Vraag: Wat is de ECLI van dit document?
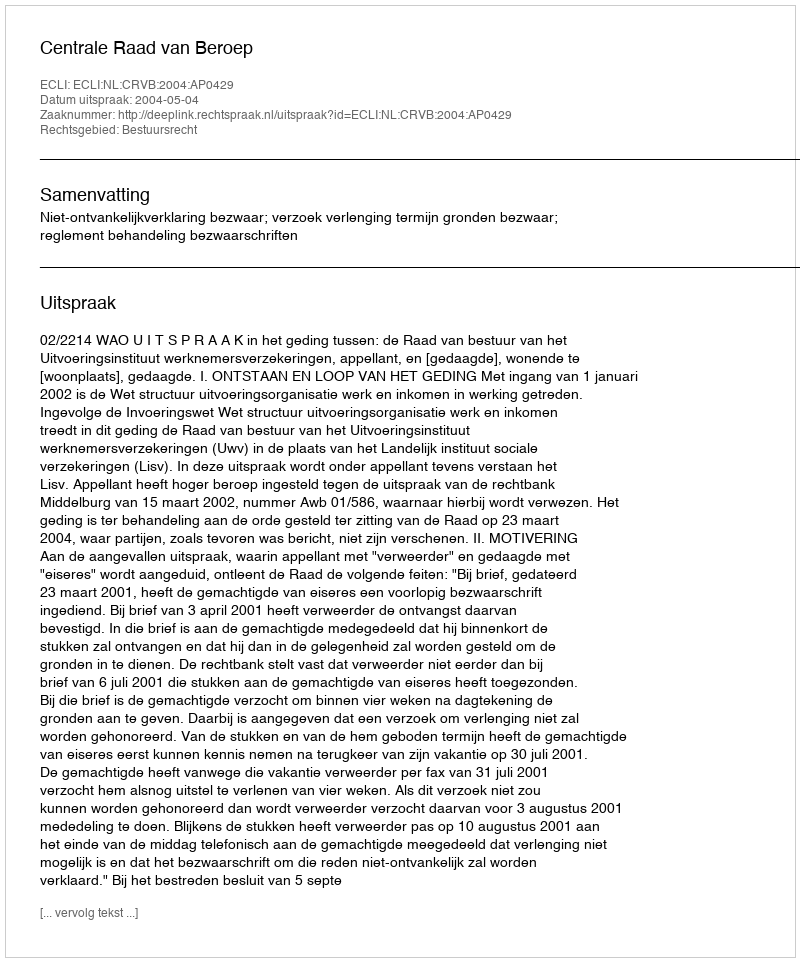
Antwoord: ECLI:NL:CRVB:2004:AP0429